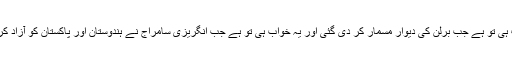
یہ خواب ہی تو ہے جب برلن کی دیوار مسمار کر دی گئی اور یہ خواب ہی تو ہے جب انگریزی سامراج نے ہندوستان اور پاکستان کو آزاد کر دیا تھا۔